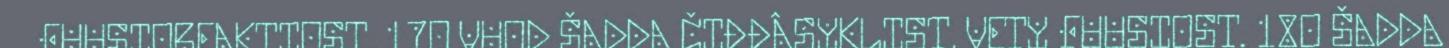
FUUSIOREAKTIOST. 17O VUOD ŠADDA ČIĐĐÂSYKLIST, VETY FUUSIOST. 18O ŠADDA